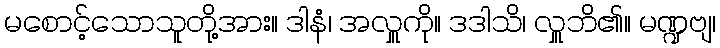
မစောင့်သောသူတို့အား။ ဒါနံ၊ အလှူကို။ ဒဒါသိ၊ လှူဘိ၏။ မဏ္ဍဗျ၊